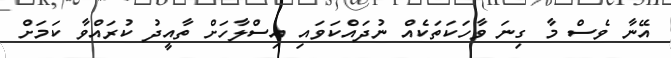
އޭނާ ވެސް މާ ގިނަ ވާހަކަތަކެއް ނުދައްކަވައި އިސްލާހަށް ތާއީދު ކުރައްވާ ކަމަށް